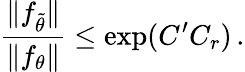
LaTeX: \frac{\| f_{\widetilde{\theta}}\| }{\| f_{\theta}\| }\leq\exp(C^{\prime}C_{r})\, .